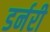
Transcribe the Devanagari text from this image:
डर्नरी